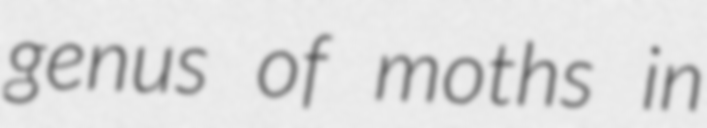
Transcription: genus of moths in